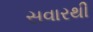
સવારથી